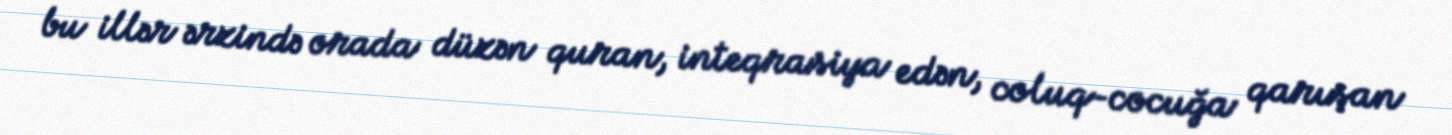
bu illər ərzində orada düzən quran, inteqrasiya edən, coluq-cocuğa qarışan